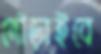
দৌড়াইবে